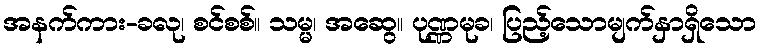
အနက်ကား-ခလု၊ စင်စစ်။ သမ္မ၊ အဆွေ။ ပုဏ္ဏမုခ၊ ပြည့်သောမျက်နှာရှိသော